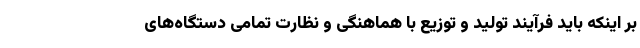
بر اینکه باید فرآیند تولید و توزیع با هماهنگی و نظارت تمامی دستگاه‌های